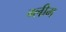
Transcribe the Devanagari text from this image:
ग्लीम